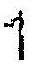
1